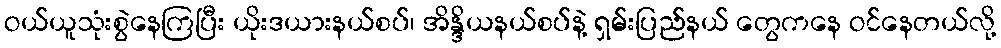
ဝယ်ယူသုံးစွဲနေကြပြီး ယိုးဒယားနယ်စပ်၊ အိန္ဒိယနယ်စပ်နဲ့ ရှမ်းပြည်နယ် တွေကနေ ဝင်နေတယ်လို့